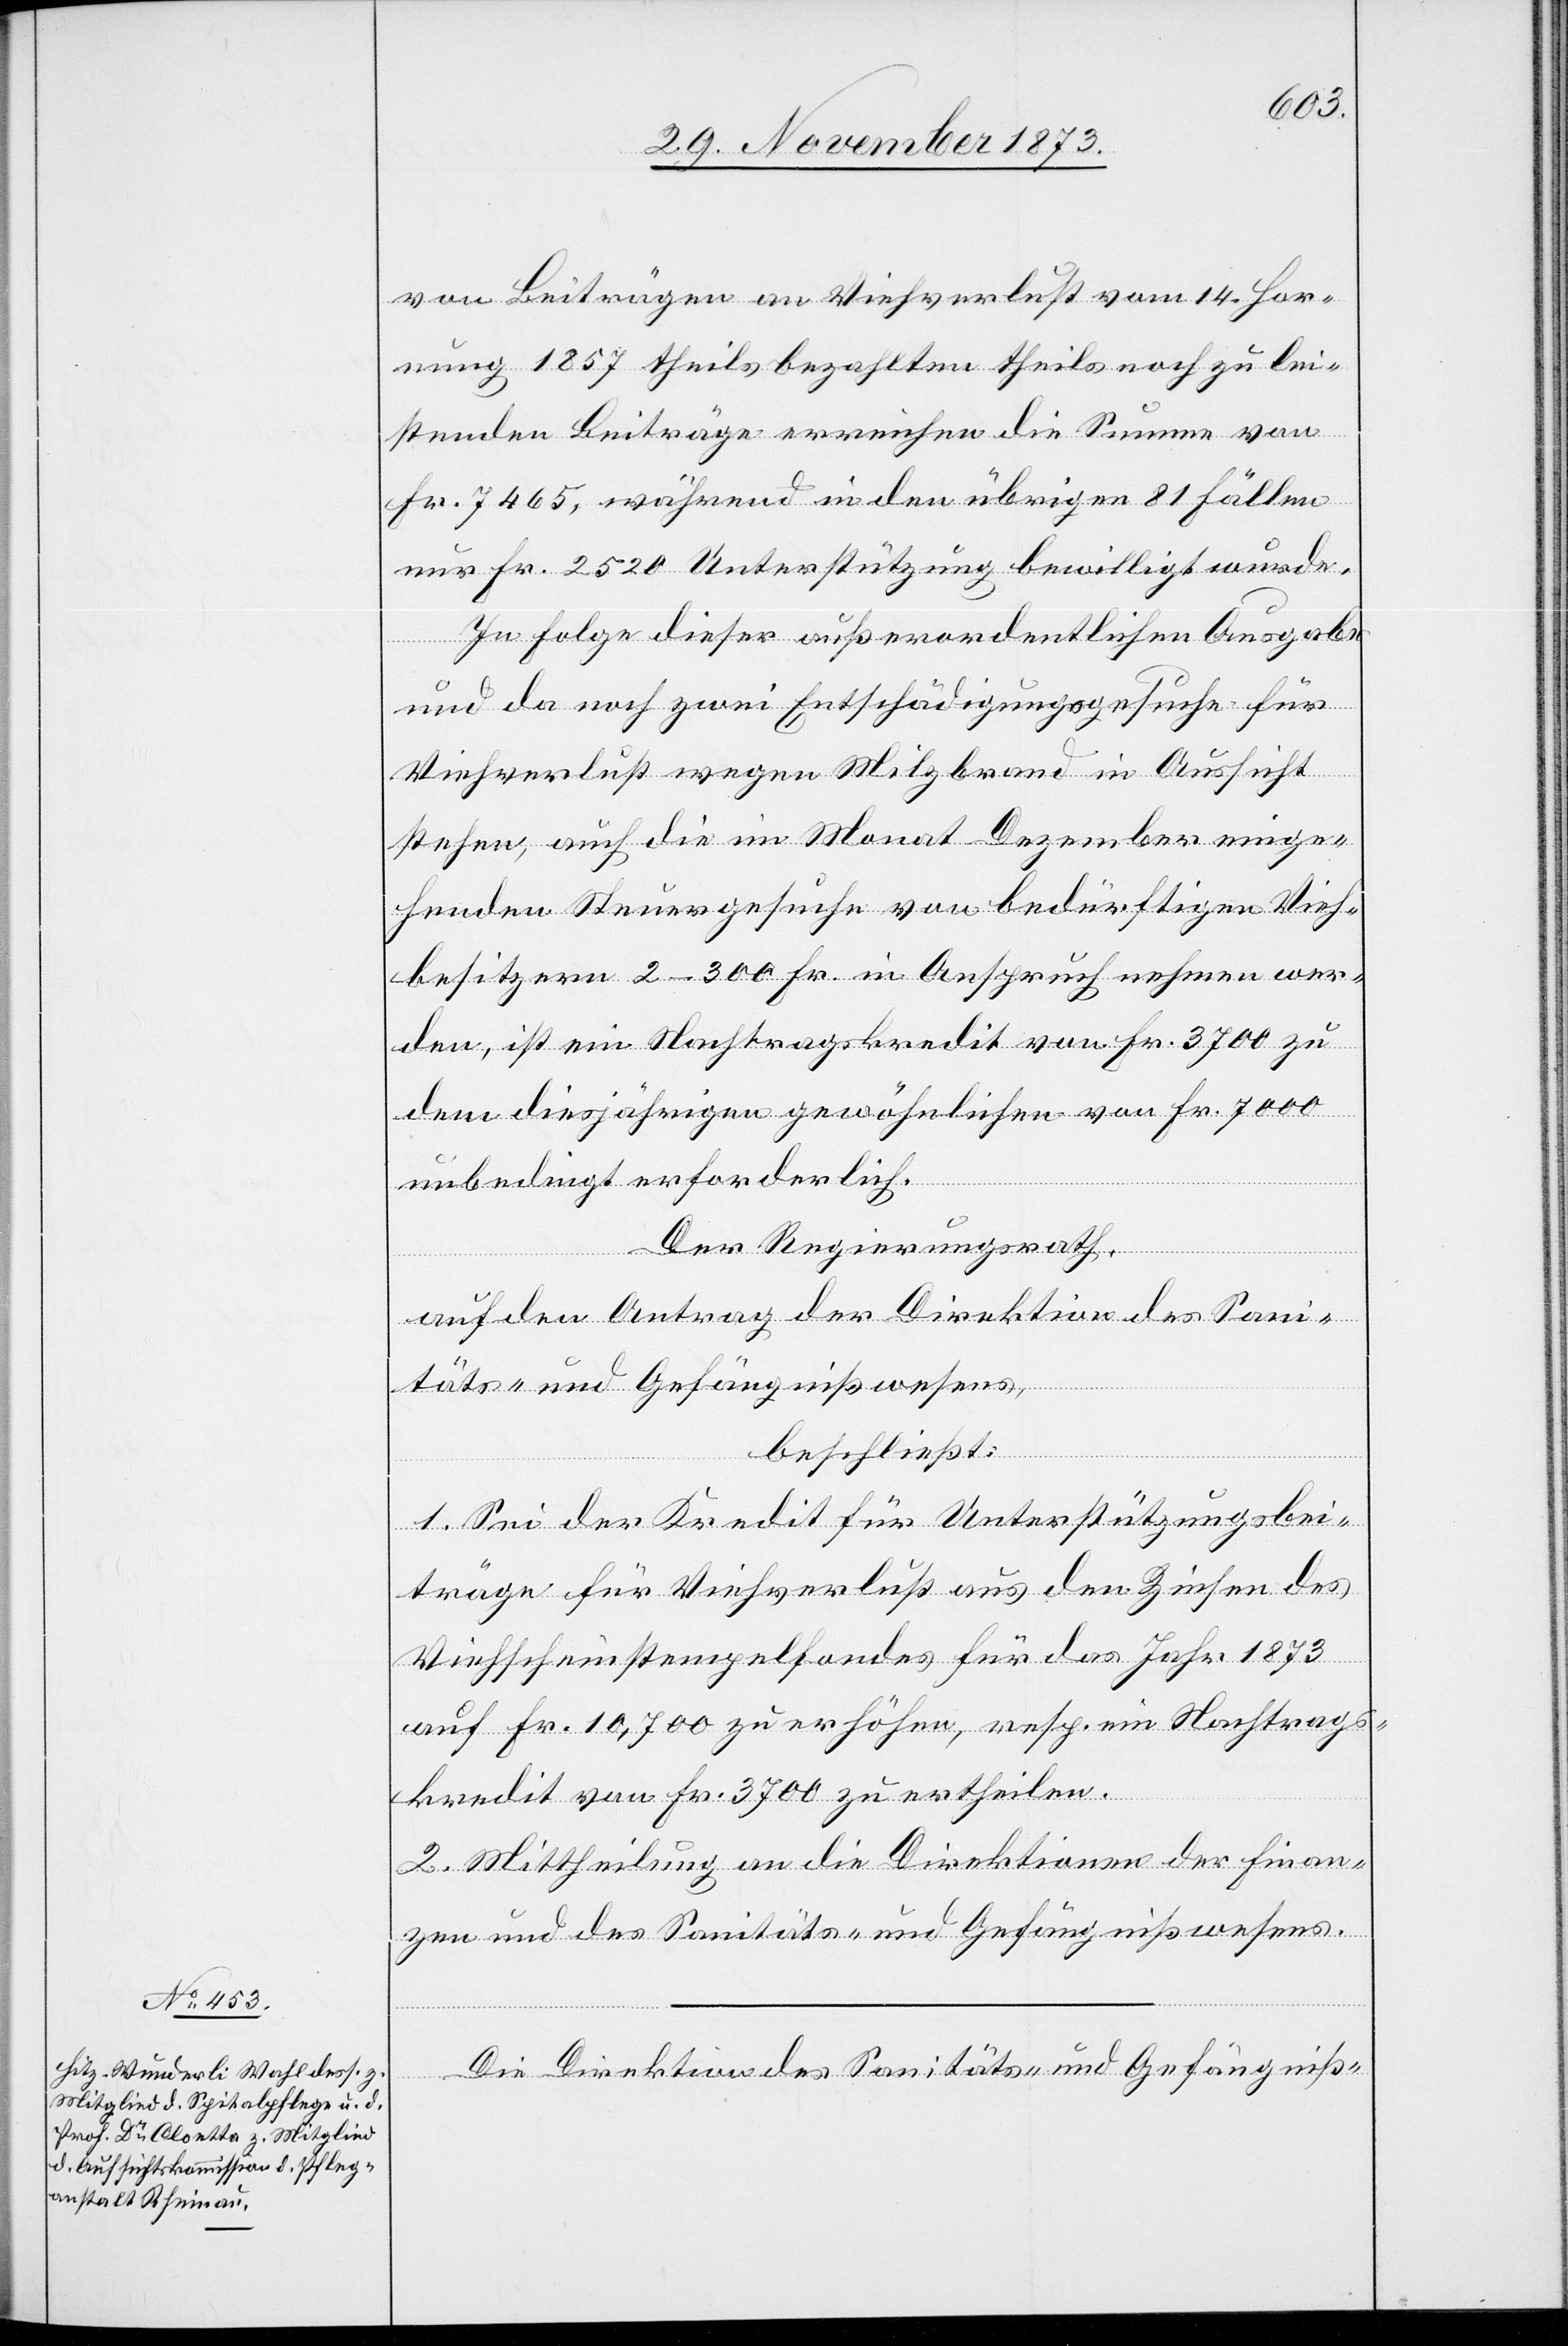
von Beiträgen an Viehverlust vom 14. Hor¬
nung 1857 theils bezahlten theils noch zu lei¬
stenden Beiträge erreichen die Summe von
Fr. 7 465, während in den übrigen 81 Fällen
nur Fr. 2 520 Unterstützung bewilligt wurde.
In Folge dieser außerordentlichen Ausgabe
und da noch zwei Entschädigungsgesuche für
Viehverlust wegen Milzbrand in Aussicht
stehen, auch die im Monat Dezember einge¬
henden Steuergesuche von bedürftigen Vieh¬
besitzern 2–300 Fr. in Anspruch nehmen wer¬
den, ist ein Nachtragskredit von Fr. 3 700 zu
dem diesjährigen gewöhnlichen von Fr. 7 000
unbedingt erforderlich.
Der Regierungsrath,
auf den Antrag der Direktion des Sani¬
täts- und Gefängnißwesens,
beschließt:
1. Sei der Kredit für Unterstützungsbei¬
träge für Viehverlust aus den Zinsen des
Viehscheinstempelfondes für das Jahr 1873
auf Fr. 10,700 zu erhöhen, resp. ein Nachtrags¬
kredit von Fr. 3 700 zu ertheilen.
2. Mittheilung an die Direktionen der Finan¬
zen und des Sanitäts- und Gefängnißwesens.
Die Direktion des Sanitäts- und Gefängniß-